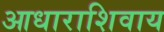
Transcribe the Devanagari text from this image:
आधाराशिवाय